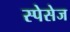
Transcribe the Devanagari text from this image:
स्पेसेज